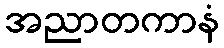
အညာတကာနံ